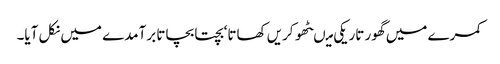
کمرے میں گھور تاریکی میںٹھو کریں کھاتا‘ بچتا بچاتا برآمدے میں نکل آیا۔